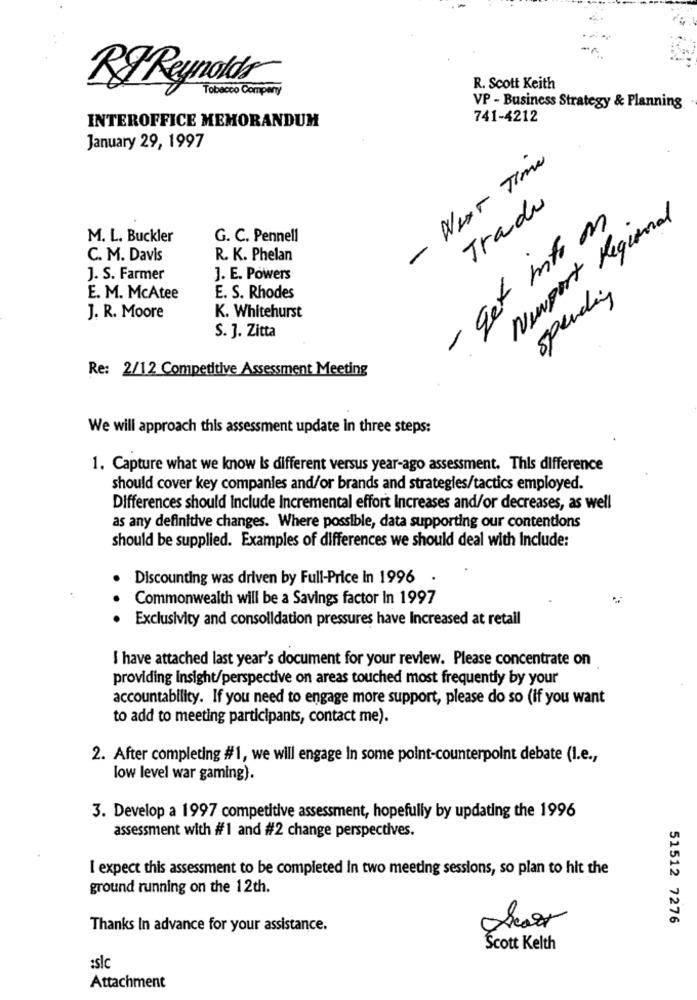
RF Reynolds
Tobacco Compery
R. Scott Keith
VP - Business Strategy & Planning
INTEROFFICE MEMORANDUM
741-4212
January 29, 1997
- Next Time
Tradu
- get into a
Newport Regional
M. L. Buckler
G. C. Pennell
C. M. Davis
R. K. Phelan
J. S. Farmer
J. E. Powers
spending
E. M. McAtee
E. S. Rhodes
J. R. Moore
K. Whitehurst
S. J. Zitta
Re: 2/12 Competitive Assessment Meeting
We will approach this assessment update in three steps:
1. Capture what we know Is different versus year-ago assessment. This difference
should cover key companies and/or brands and strategles/tactics employed.
Differences should Include Incremental effort Increases and/or decreases, as well
as any definitive changes. Where possible, data supporting our contentions
should be supplied. Examples of differences we should deal with Include:
Discounting was driven by Full-Price In 1996
.
Commonwealth will be a Savings factor In 1997
Exclusivity and consolidation pressures have Increased at retail
I have attached last year's document for your review. Please concentrate on
providing insight/perspective on areas touched most frequently by your
accountability. If you need to engage more support, please do so (if you want
to add to meeting participants, contact me).
2. After completing #1, we will engage in some point-counterpoint debate (I.e .,
low level war gaming).
3. Develop a 1997 competitive assessment, hopefully by updating the 1996
assessment with #1 and #2 change perspectives.
I expect this assessment to be completed In two meeting sessions, so plan to hit the
ground running on the 12th.
51512 7276
Thanks In advance for your assistance.
Scott Kelth
:slc
Attachment